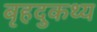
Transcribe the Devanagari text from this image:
बृहदुकथ्य